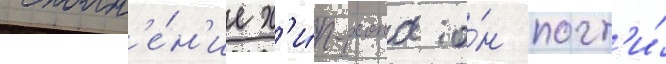
исполн'е́н'ие х'и́п-хопа о́н почт'и́